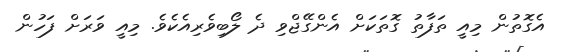
އެގޮތުން މިއީ ތަފާތު ގޮތަކަށް އެންގޭޖްވި ދެ ލޯބިވެރިއެކެވެ. މިއީ ވަރަށް ފަހުން